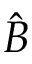
\hat { B }